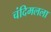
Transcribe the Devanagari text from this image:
चंदिमलला